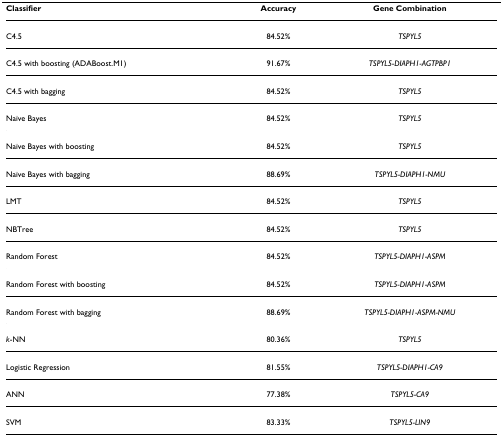
| Classifier | Accuracy | Gene Combination |
 | --- | --- | --- |
 | C4.5 | 84.52% | TSPYL5 |
 | C4.5 with boosting (ADABoost.M1) | 91.67% | TSPYL5-DIAPH1-AGTPBP1 |
 | C4.5 with bagging | 84.52% | TSPYL5 |
 | Naïve Bayes | 84.52% | TSPYL5 |
 | Naïve Bayes with boosting | 84.52% | TSPYL5 |
 | Naïve Bayes with bagging | 88.69% | TSPYL5-DIAPH1-NMU |
 | LMT | 84.52% | TSPYL5 |
 | NBTree | 84.52% | TSPYL5 |
 | Random Forest | 84.52% | TSPYL5-DIAPH1-ASPM |
 | Random Forest with boosting | 84.52% | TSPYL5-DIAPH1-ASPM |
 | Random Forest with bagging | 88.69% | TSPYL5-DIAPH1-ASPM-NMU |
 | k-NN | 80.36% | TSPYL5 |
 | Logistic Regression | 81.55% | TSPYL5-DIAPH1-CA9 |
 | ANN | 77.38% | TSPYL5-CA9 |
 | SVM | 83.33% | TSPYL5-LIN9 |